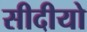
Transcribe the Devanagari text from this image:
सीदीयो